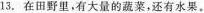
13. 在田野里,有大量的蔬菜,还有水果。